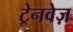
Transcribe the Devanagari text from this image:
ट्रेनवेज़